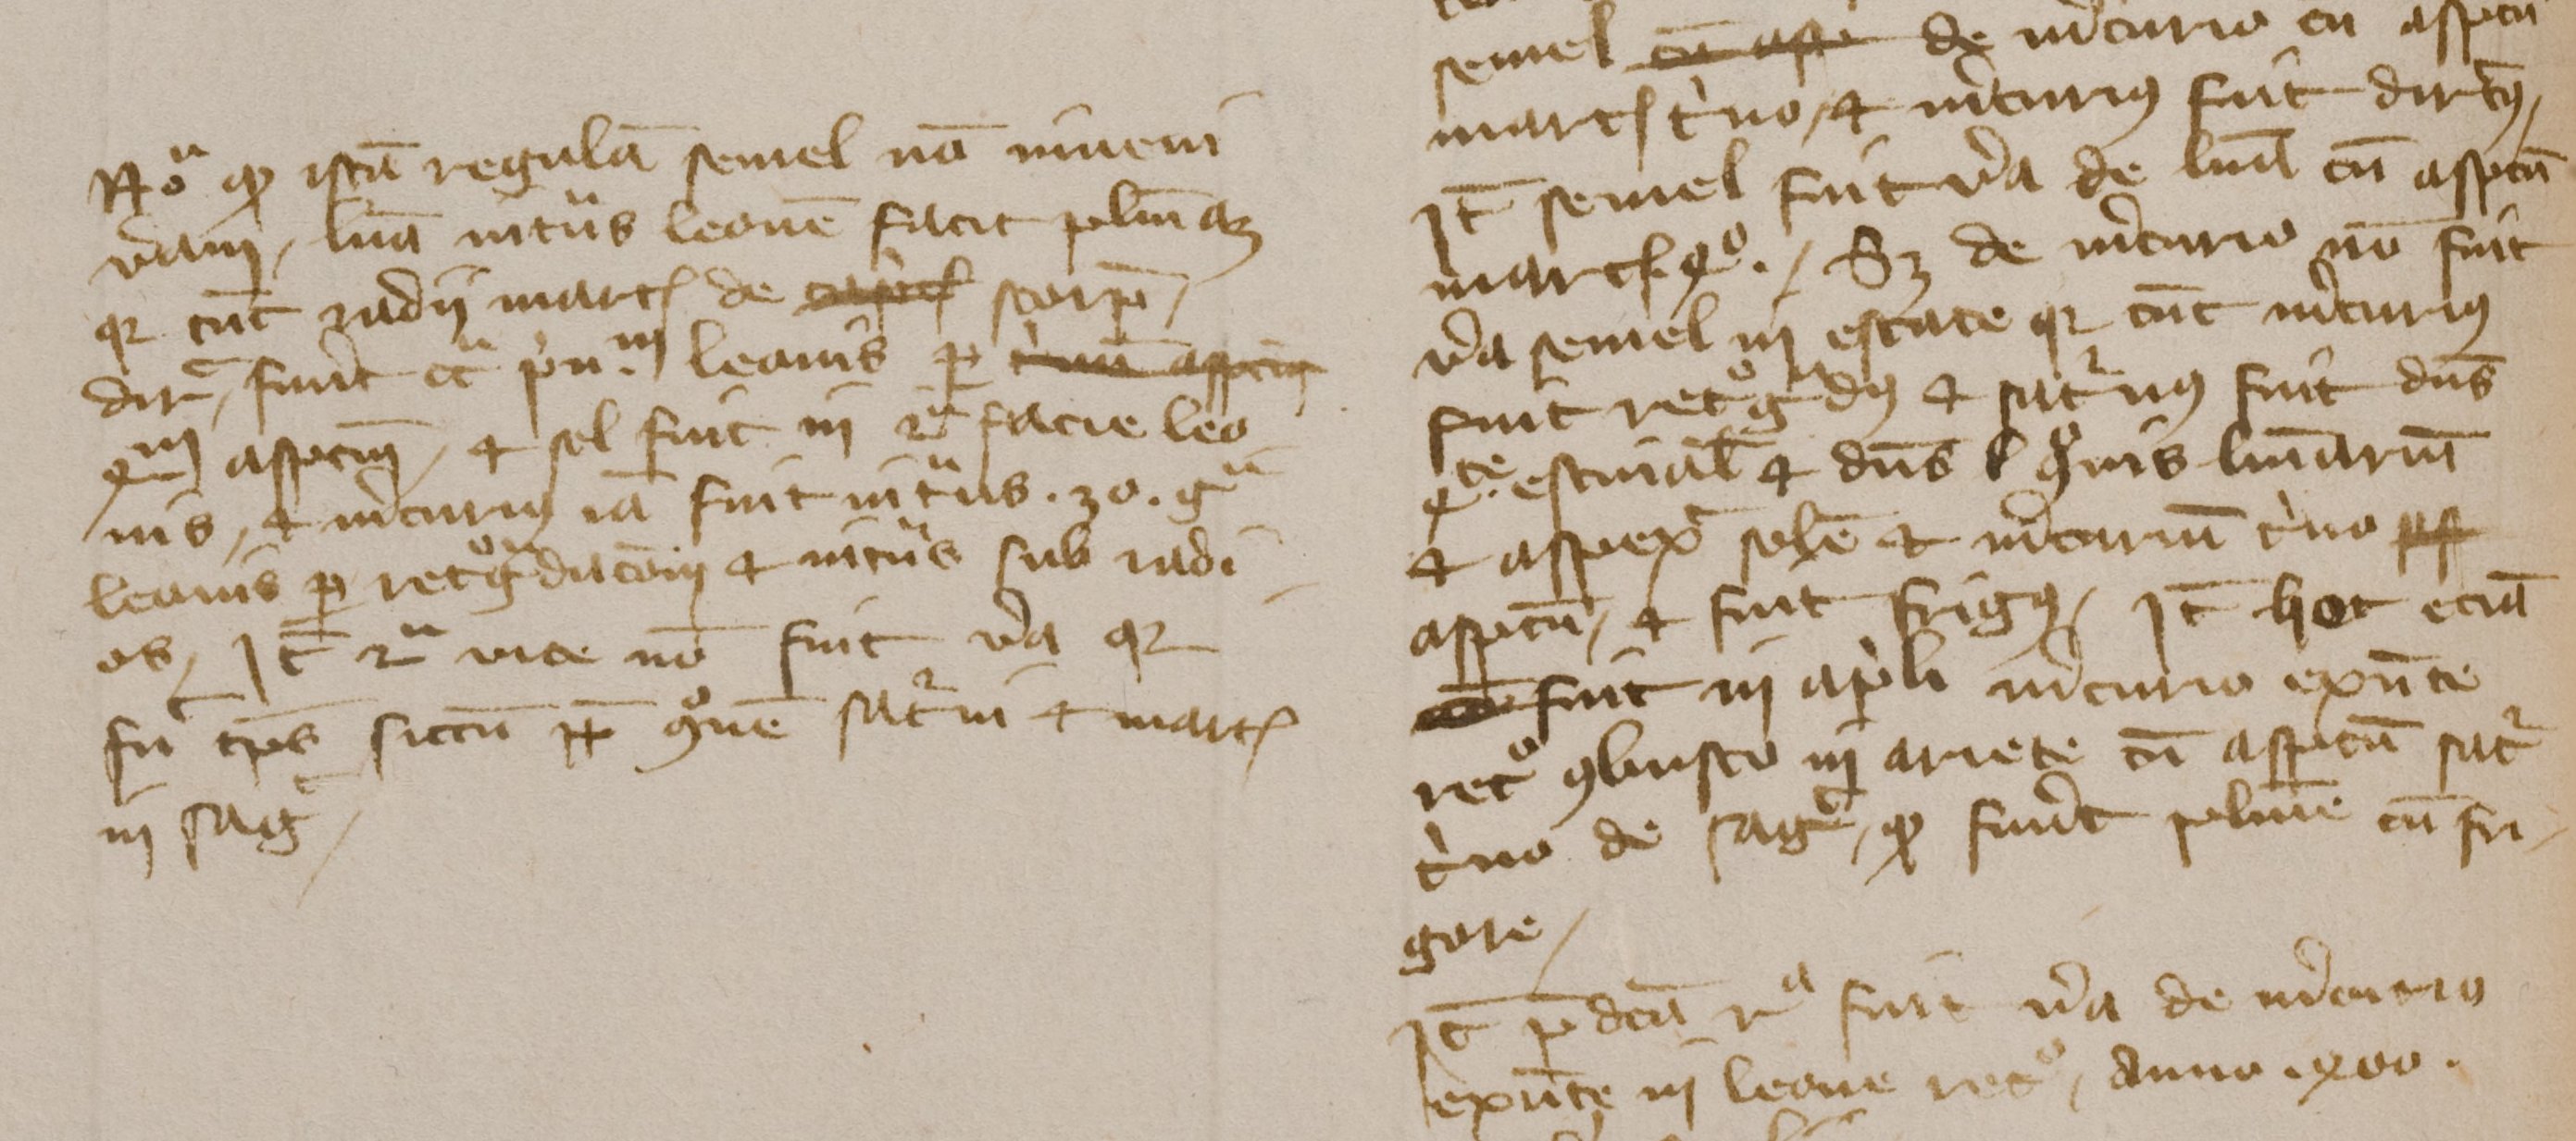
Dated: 1350–1424